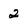
Character: 2